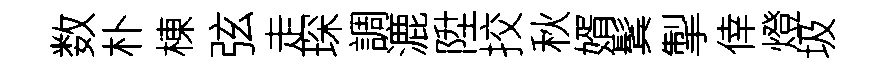
数朴棟弦走琛調漉陞挍秋婿鬂掣倖燈圾